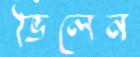
ভিলেন